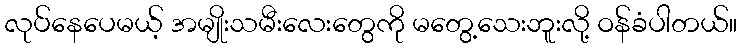
လုပ်နေပေမယ့် အမျိုးသမီးလေးတွေကို မတွေ့သေးဘူးလို့ ဝန်ခံပါတယ်။